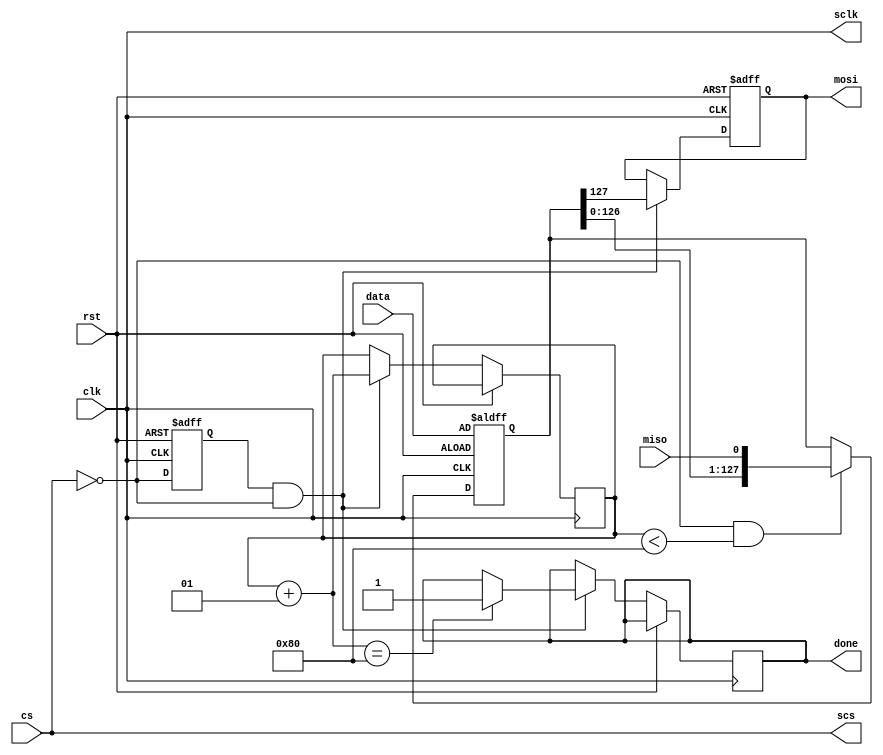
module SpiMaster #(parameter Nk = 4, Nr = 10, datasize = 128)(
    input clk,
    output sclk,
    input rst,
    input cs,
    output scs,
    input miso,
    output reg mosi,
    output reg done = 0,
    input [Nk * 32 - 1:0] data
);
    reg state = 0;
    reg [datasize - 1:0] regis = 0;
    integer counter = 0;

    always @(posedge clk, posedge rst) begin
        if (rst) begin
            regis <= data;
            state <= 0;
        end else begin
            if(!cs && counter < datasize) begin
                regis <= {regis[datasize - 2:0], miso};
                state <= !cs;
            end
            else
                state <= !cs;
        end
    end

    always @(negedge clk, posedge rst) begin
        if (rst)
            mosi <= 1'b0;
        else
            if(state == 1 && !cs) begin
                counter = counter + 1;
                mosi <= regis[datasize - 1];
                if(counter == datasize)
                    done <= 1'b1;
            end
    end
    assign sclk = clk;
    assign scs = cs;

endmodule